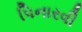
પિનારવી